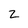
Character: 2